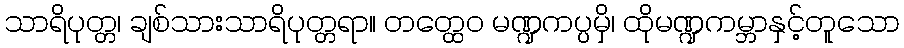
သာရိပုတ္တ၊ ချစ်သားသာရိပုတ္တရာ။ တတ္ထေဝ မဏ္ဍကပ္ပမှိ၊ ထိုမဏ္ဍကမ္ဘာနှင့်တူသော